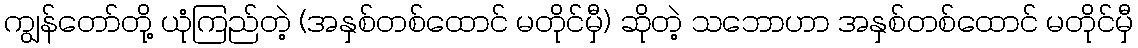
ကျွန်တော်တို့ ယုံကြည်တဲ့ (အနှစ်တစ်ထောင် မတိုင်မှီ) ဆိုတဲ့ သဘောဟာ အနှစ်တစ်ထောင် မတိုင်မှီ